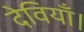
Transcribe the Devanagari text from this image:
देवियाँ।